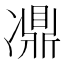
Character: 𠘋